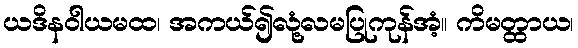
ယဒိနဝါယမထ၊ အကယ်၍လုံ့လမပြုကုန်အံ့။ ကိမတ္ထာယ၊